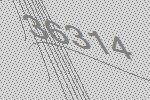
36314